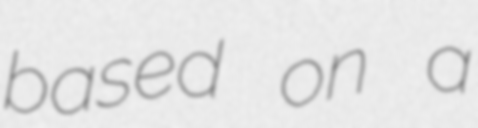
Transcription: based on a